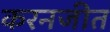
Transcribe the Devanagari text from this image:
करनजीत